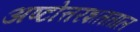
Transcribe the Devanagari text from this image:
अष्टोत्तरशतताल